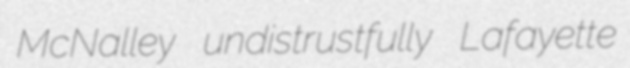
McNalley undistrustfully Lafayette